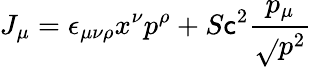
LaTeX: J_{\mu}=\epsilon_{\mu\nu\rho}x^{\nu}p^{\rho}+S\mathsf{c}^{2}\frac{{p_{\mu}}}{{\sqrt{}{{p^{2}}}}}